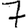
Digit: 7